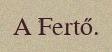
A Fertő.